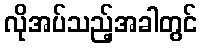
လိုအပ်သည့်အခါတွင်